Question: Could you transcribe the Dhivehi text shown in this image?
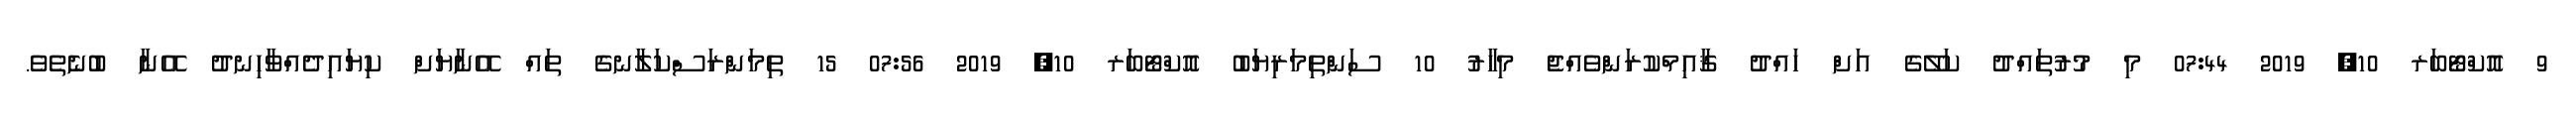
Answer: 9 އޮކްޓޯބަރ 10, 2019 07:44 މި މުރުތައްދު ކަލޭގެ އަށް ހައްދު ޤާއިމްކުރަންވެއްޖެ މިހާރު 10 ސަންތިމަރިޔަބު އޮކްޓޯބަރ 10, 2019 07:56 15 ތިމަންރަސްކަލާނގެ ތައް އޭނާޔަށް ކިޔައިދެއްވާހިނދު އޭނާ ބުނެތެވެ.